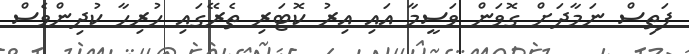
ފަތިސް ނަމާދަށް ގޮވަން ވަސީމާ އައި އިރު ކޮޓަރި ތެރޭގައި ހުރިހާ ކުދިންވެސް